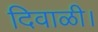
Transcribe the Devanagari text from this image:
दिवाळी।